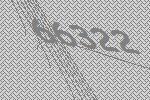
66322